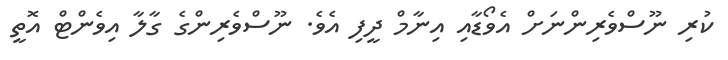
ކުރި ނޫސްވެރިންނަށް އެވޯޑާއި އިނާމް ދީފި އެވެ. ނޫސްވެރިންގެ ގާލާ އިވެންޓް އޮތީ